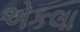
એકલા